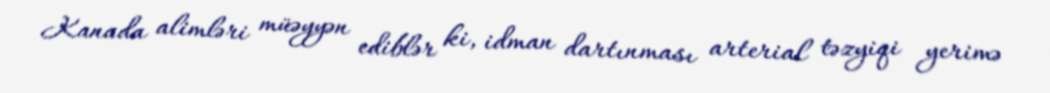
Kanada alimləri müəyyən ediblər ki, idman dartınması arterial təzyiqi yerimə